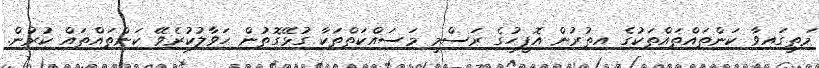
މަތީގައިވާ ކަންތައްތައްތަކުގެ އިތުރުން އޮފީހުގެ ރަސްމީ މަސައްކަތްތަކާ ގުޅޭގޮތުން ޙަވާލުކުރެވޭ ކަންތައްތައް ކުރުން.